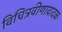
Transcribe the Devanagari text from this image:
विचित्रवीणावादक